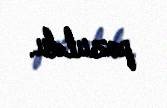
pozuldu.